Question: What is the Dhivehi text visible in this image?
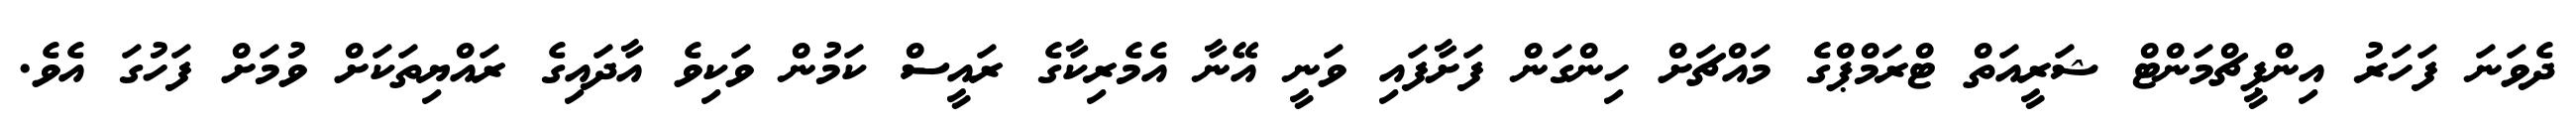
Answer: ދެވަނަ ފަހަރު އިންޕީޗްމަންޓް ޝަރީއަތް ޓްރަމްޕްގެ މައްޗަށް ހިންގަން ފަށާފައި ވަނީ އޭނާ އެމެރިކާގެ ރައީސް ކަމުން ވަކިވެ އާދައިގެ ރައްޔިތަކަށް ވުމަށް ފަހުގަ އެވެ.